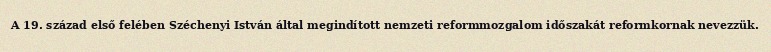
A 19. század első felében Széchenyi István által megindított nemzeti reformmozgalom időszakát reformkornak nevezzük.